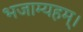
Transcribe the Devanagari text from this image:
भजाम्यहम्।